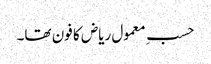
حسبِ معمول ریاض کا فون تھا۔